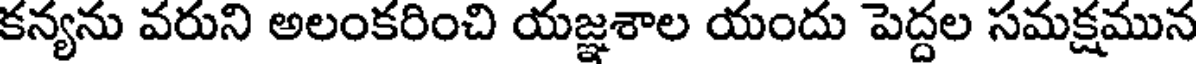
కన్యను వరుని అలంకరించి యజ్ఞశాల యందు పెద్దల సమక్షమున